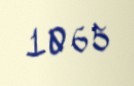
1065